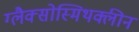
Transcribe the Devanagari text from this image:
ग्लैक्सोस्मिथक्लीन